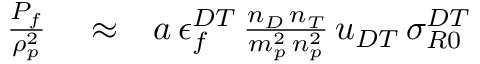
\begin{array} { r l r } { \frac { P _ { f } } { \rho _ { p } ^ { 2 } } } & { { } \approx } & { a \, \epsilon _ { f } ^ { D T } \, \frac { n _ { D } \, n _ { T } } { m _ { p } ^ { 2 } \, n _ { p } ^ { 2 } } \, u _ { D T } \, \sigma _ { R 0 } ^ { D T } } \end{array}